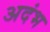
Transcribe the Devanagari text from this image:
अदंभ